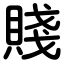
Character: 賤